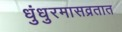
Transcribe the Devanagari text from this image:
धुंधुरमासव्रतात